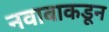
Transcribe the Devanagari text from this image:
नवाबाकडून